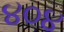
૪૦૪